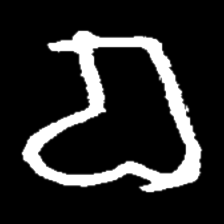
Pyu character \u2014 Myanmar letter: စ (romanized: ca)